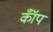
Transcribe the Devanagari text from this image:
कॉँप